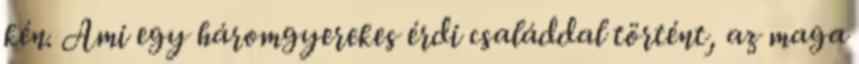
kén. Ami egy háromgyerekes érdi családdal történt, az maga